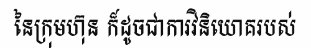
នៃក្រុមហ៊ុន ក៏ដូចជាការវិនិយោគរបស់